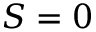
S = 0